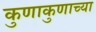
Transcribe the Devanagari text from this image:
कुणाकुणाच्या